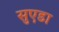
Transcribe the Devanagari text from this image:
सुएडा